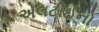
એલટીઈનો